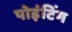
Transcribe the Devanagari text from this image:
पोइंटिंग